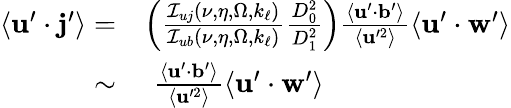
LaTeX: \begin{array}{rl}{\left\langle\mathbf{u}^{\prime}\cdot\mathbf{j}^{\prime}\right\rangle=}&{\left(\frac{\mathcal{I}_{uj}\left(\nu,\eta,\Omega,k_{\ell}\right)}{\mathcal{I}_{ub}\left(\nu,\eta,\Omega,k_{\ell}\right)}\frac{D_{0}^{2}}{D_{1}^{2}}\right)\frac{\left\langle\mathbf{u}^{\prime}\cdot\mathbf{b}^{\prime}\right\rangle}{\left\langle\mathbf{u}^{\prime 2}\right\rangle}\left\langle\mathbf{u}^{\prime}\cdot\mathbf{w}^{\prime}\right\rangle}\\ {\sim}&{\, \, \frac{\left\langle\mathbf{u}^{\prime}\cdot\mathbf{b}^{\prime}\right\rangle}{\left\langle\mathbf{u}^{\prime 2}\right\rangle}\left\langle\mathbf{u}^{\prime}\cdot\mathbf{w}^{\prime}\right\rangle}\end{array}